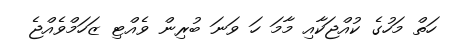
ހަތް މަހުގެ ކުއްޖަކާއި މާމަ ހަ ވަނަ ބުރިން ވެއްޓި ޒަހަމްވެއްޖެ